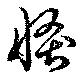
倏